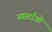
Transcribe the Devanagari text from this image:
स्पार्टाओ